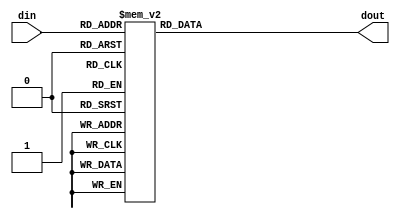
`timescale 1ns / 1ps
//////////////////////////////////////////////////////////////////////////////////
// Company: 
// Engineer: 
// 
// Design Name: 
// Module Name: 7seg
// Project Name: 
// Target Devices: 
// Tool Versions: 
// Description: 
// 
// Dependencies: 
// 
// Revision:
// Revision 0.01 - File Created
// Additional Comments:
// 
//////////////////////////////////////////////////////////////////////////////////


module seg7(
    input wire [3:0] din, //need to show 10 numbers, so need 4-bit
    output reg [6:0] dout
    );
    always @(*) begin
        case (din)
            4'h0: dout = 7'b000_0001;
            4'h1: dout = 7'b100_1111;
            4'h2: dout = 7'b001_0010;
            4'h3: dout = 7'b000_0110;
            4'h4: dout = 7'b100_1100;
            4'h5: dout = 7'b010_0100;
            4'h6: dout = 7'b010_0000;
            4'h7: dout = 7'b000_1111;
            4'h8: dout = 7'b000_0000;
            4'h9: dout = 7'b000_0100;
            4'ha: dout = 7'b000_1000;
            4'hb: dout = 7'b110_0000;
            4'hc: dout = 7'b011_0001;
            4'hd: dout = 7'b100_0010;
            4'he: dout = 7'b011_0000;
            4'hf: dout = 7'b011_1000;
            default: dout = 7'b111_1111;

        endcase
    end

endmodule